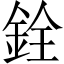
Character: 銓